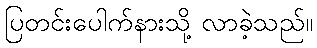
ပြတင်းပေါက်နားသို့ လာခဲ့သည်။